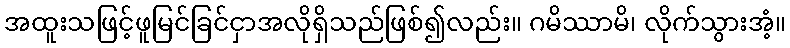
အထူးသဖြင့်ဖူမြင်ခြင်ငှာအလိုရှိသည်ဖြစ်၍လည်း။ ဂမိဿာမိ၊ လိုက်သွားအံ့။